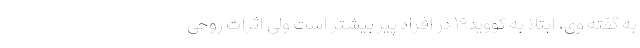
به گفته وی، ابتلا به کووید۱۹ در افراد پیر بیشتر است ولی اثرات روحی